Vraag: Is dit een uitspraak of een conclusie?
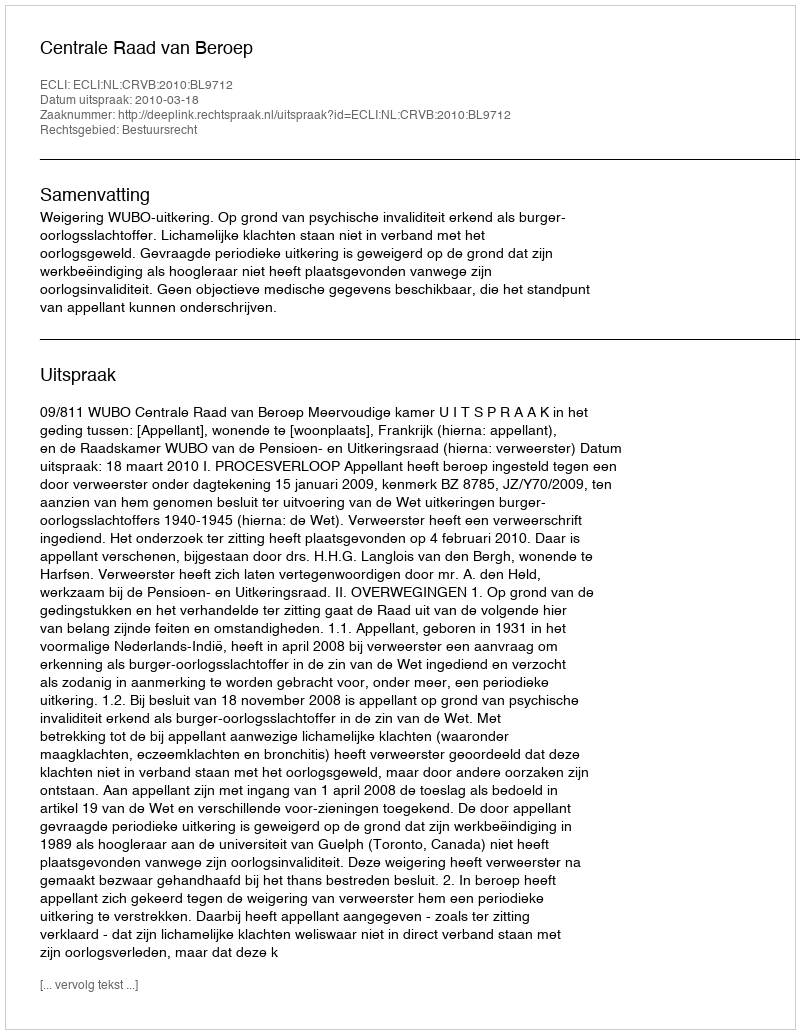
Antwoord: Uitspraak